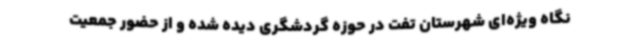
نگاه ویژه‌ای شهرستان تفت در حوزه گردشگری دیده شده و از حضور جمعیت